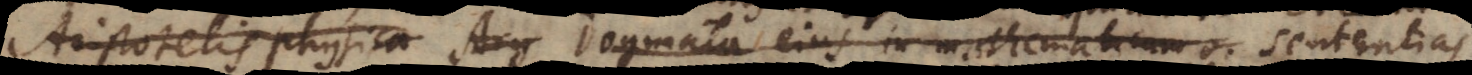
Aristotelis physica Arg Dogmata ejus in mathematicam o Sententias